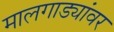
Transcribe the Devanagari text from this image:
मालगाड्यांवर